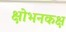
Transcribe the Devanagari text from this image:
क्षोभनकक्ष